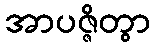
အာပဇ္ဇိတွာ